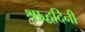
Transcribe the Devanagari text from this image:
श्राद्धदिनी